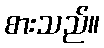
စားသည်။